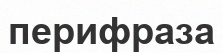
перифраза